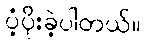
ပံ့ပိုးခဲ့ပါတယ်။